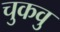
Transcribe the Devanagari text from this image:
चुकवु